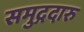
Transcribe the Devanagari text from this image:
समुद्गदारु